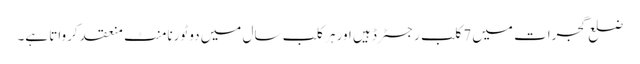
ضلع گجرات میں 7کلب رجسٹرڈ ہیں اور ہر کلب سال میں دو ٹورنامنٹ منعقد کرواتا ہے۔